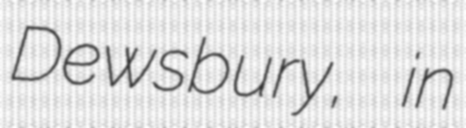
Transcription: Dewsbury, in